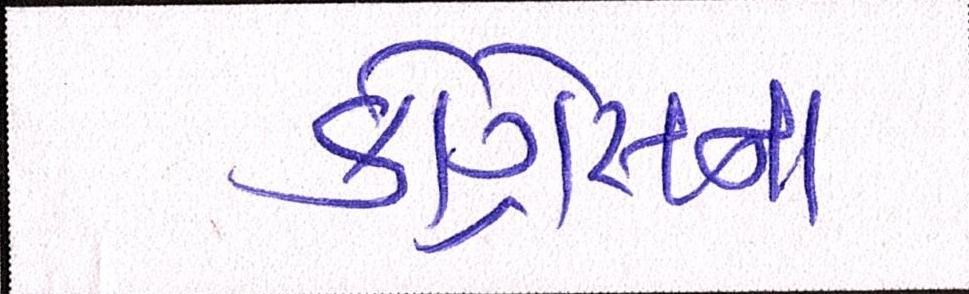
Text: કૉંગ્રેસના